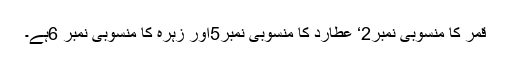
قمر کا منسوبی نمبر2‘ عطارد کا منسوبی نمبر5اور زہرہ کا منسوبی نمبر 6ہے۔